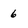
Character: 6